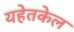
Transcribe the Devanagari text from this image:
यहेतकेल